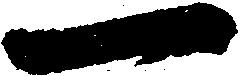
一